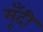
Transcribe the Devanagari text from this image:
मूँदी